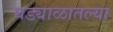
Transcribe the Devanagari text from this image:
घड्याळातल्या